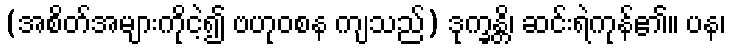
(အစိတ်အများကိုငဲ့၍ ဗဟုဝစန ကျသည်) ဒုက္ခန္တိ၊ ဆင်းရဲကုန်၏။ ပန၊